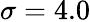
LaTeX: \sigma=4.0